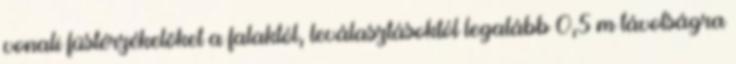
vonali füstérzékelõket a falaktól, leválasztásoktól legalább 0,5 m távolságra